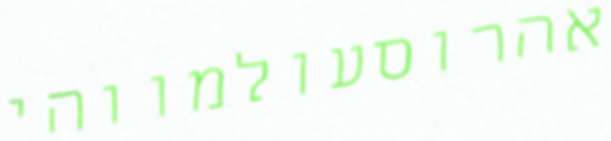
אהרוסעולמווהי